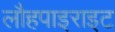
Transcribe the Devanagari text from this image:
लौहपाइराइट